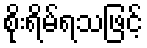
စိုးရိမ်ရသဖြင့်